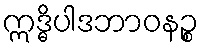
ဣဒ္ဓိပါဒဘာဝနဉ္စ